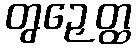
တွဉှေတ္ထ